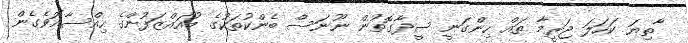
ާތިޔަ ކަހަލަ ޖަރީމާ ތައް ހިންގަނީ ސީދާގޮތުން ނޫނަސް ބެންކުތަކުގެ މުއައްޒަފުންގެ ހިއްސާއޮވެގެން